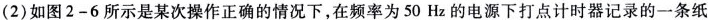
(2)如图2-6所示是某次操作正确的情况下在频率为50Hz的电源下打点计时器记录的一条纸